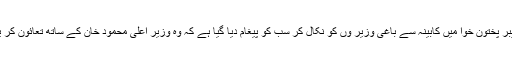
خیبر پختون خوا میں کابینہ سے باغی وزیر وں کو نکال کر سب کو پیغام دیا گیا ہے کہ وہ وزیر اعلی محمود خان کے ساتھ تعائون کر یں۔